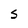
Character: S